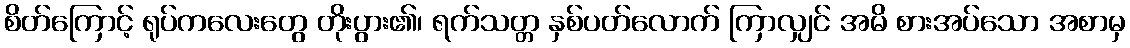
စိတ်ကြောင့် ရုပ်ကလေးတွေ တိုးပွား၏၊ ရက်သတ္တ နှစ်ပတ်လောက် ကြာလျှင် အမိ စားအပ်သော အစာမှ